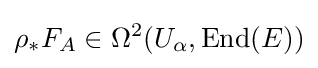
\rho _{*}F_{A}\in \Omega ^{2}(U_{\alpha },\operatorname {End} (E))